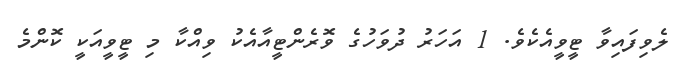
ލެވިފައިވާ ޓީވީއެކެވެ. 1 އަހަރު ދުވަހުގެ ވޮރެންޓީއާއެކު ވިއްކާ މި ޓީވީއަކީ ކޮންމެ